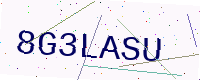
Text: 8G3LASU